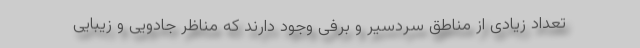
تعداد زیادی از مناطق سردسیر و برفی وجود دارند که مناظر جادویی و زیبایی